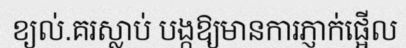
ខ្យល់.គរស្លាប់ បង្កឱ្យមានការភ្ញាក់ផ្អើល